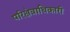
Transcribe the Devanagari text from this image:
परिक्षेत्राधिकारी